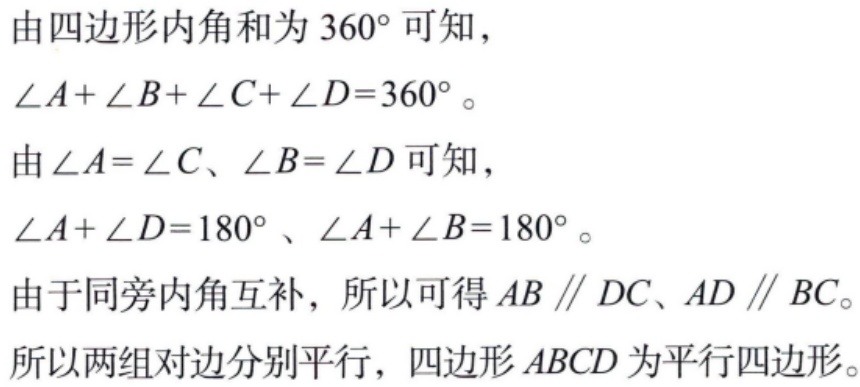
由四边形内角和为\(360^{\circ}\)可知，

\(\angle A+\angle B+\angle C+\angle D = 360^{\circ}\)。

由\(\angle A=\angle C\)、\(\angle B=\angle D\)可知，

\(\angle A+\angle D = 180^{\circ}\)、\(\angle A+\angle B = 180^{\circ}\)。

由于同旁内角互补，所以可得\(AB\parallel DC\)、\(AD\parallel BC\)。

所以两组对边分别平行，四边形\(ABCD\)为平行四边形。